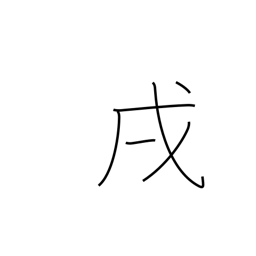
Meaning: 7-9PM